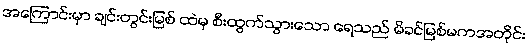
အကြောင်းမှာ ချင်းတွင်းမြစ် ထဲမှ စီးထွက်သွားသော ရေသည် မိခင်မြစ်မကအတိုင်း